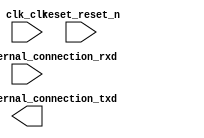

module DE2_115_qsys (
	clk_clk,
	reset_reset_n,
	uart_0_external_connection_rxd,
	uart_0_external_connection_txd);	

	input		clk_clk;
	input		reset_reset_n;
	input		uart_0_external_connection_rxd;
	output		uart_0_external_connection_txd;
endmodule